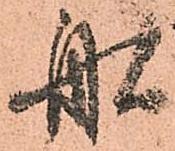
舩